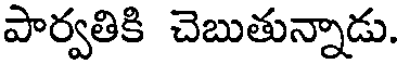
పార్వతికి చెబుతున్నాడు.